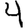
Digit: 4